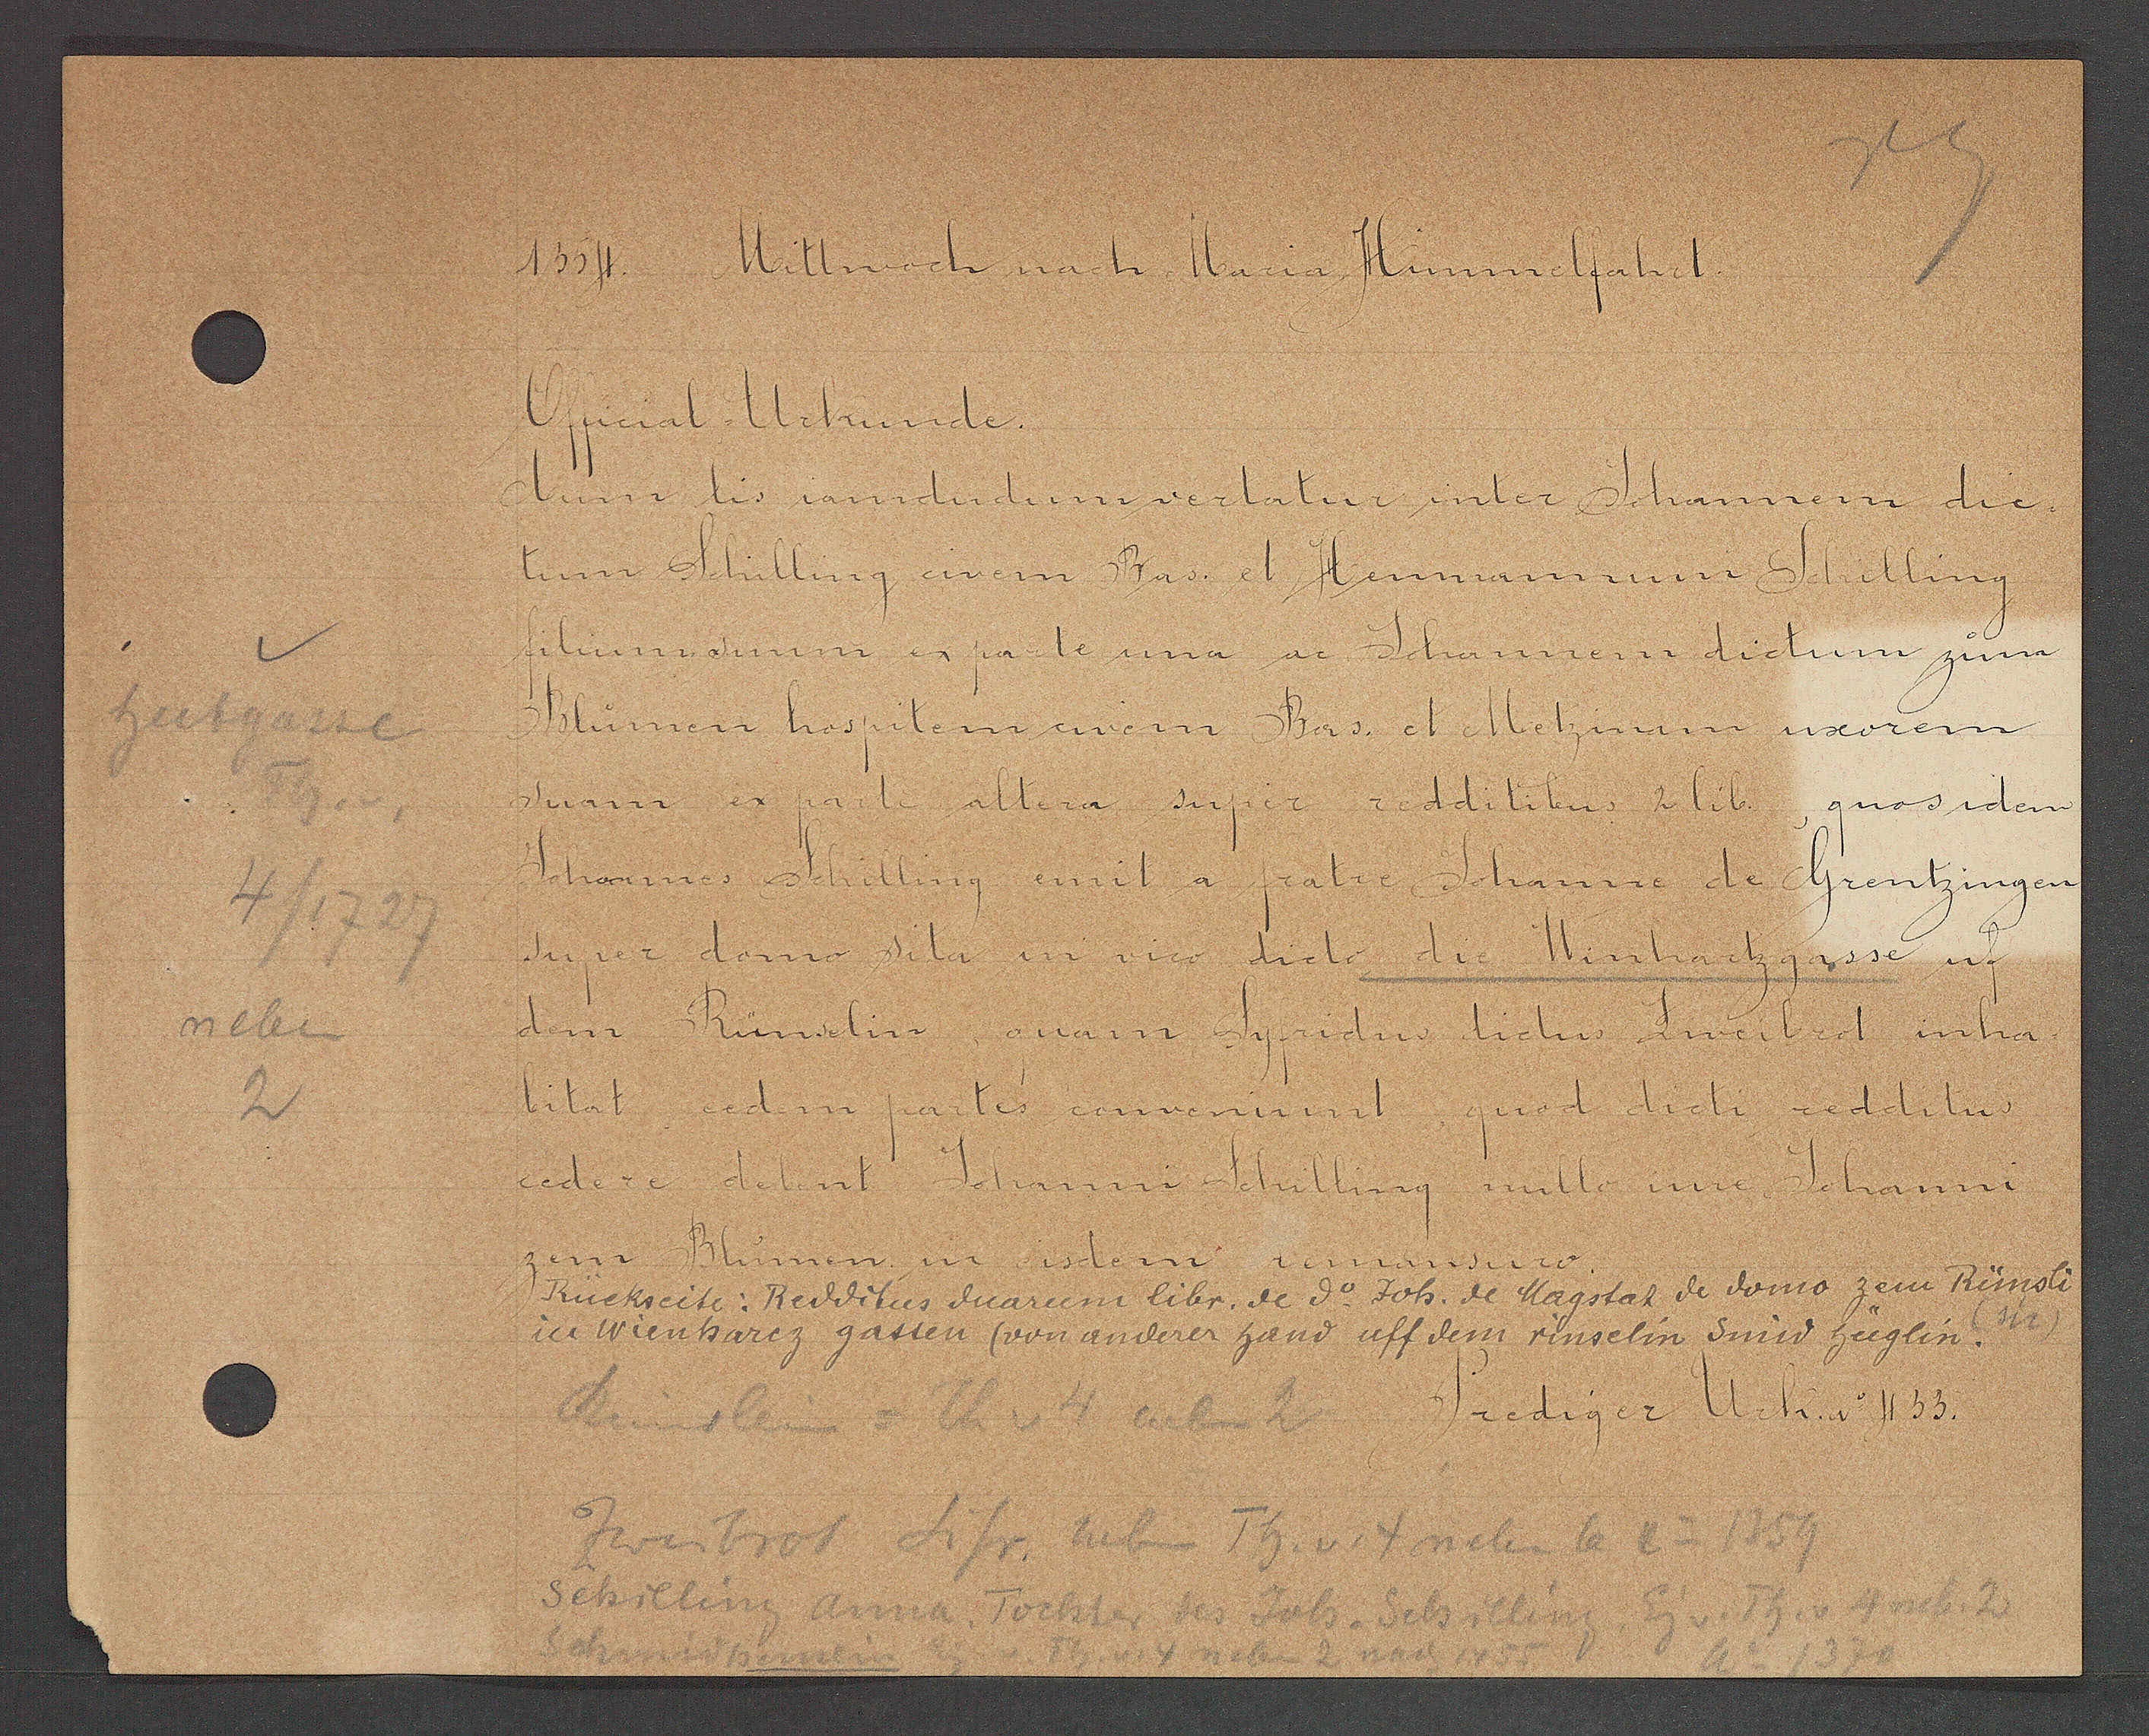
Transcript:
hutgasse
neben
2
4/1727

1354. Mittwoch nach Maria Himmelfahrt.

Official Urkunde.
dum dis iamdudum vertatur inter Johannem dic-
asten poonanderer gans uff dem Hlus¬
tum Schilling civem Bas. et Henmannum Schilling
filium suum una ac Johannem dictum zum
Blumen hospitem civem Bas et. Metzinam uxorem
suam ex parte altera super redditibus 2 lib quos idem
Johannes Schilling, emit a
super domo sita in vico dicto die Winhartzgasse uf
dem Rümelin quam Sifridus dictus Zweibrot inha-
zem Blumen in isdem remansuro.
habitat cedem fratres conveniunt quod dicti redditu
cedere debent Johanni Schilling nullo iure Johanni
fratie Johanne de Grentzingen

ückseite: Redditus duarum libr. de do. Joh. de Magstat de domo zem Rünsli
in wienharfcz gassen (von anderer hand uff dem rinselin Smid hüglin.
Prediger Urk ao 433.

Schilling Anna Tochter des Joh. Jeb Schilling Eig v. Th. v. 4 neb. 2
Zweibrot Sifr neben Th v. 4 neben 6 Ao 1359
Schmid henslin Eig v. T v. 4 nebn 2 nach 1355 Ao 1370